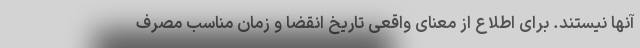
آنها نیستند. برای اطلاع از معنای واقعی تاریخ انقضا و زمان مناسب مصرف